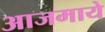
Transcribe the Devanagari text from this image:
आजमाये